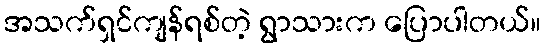
အသက်ရှင်ကျန်ရစ်တဲ့ ရွာသားက ပြောပါတယ်။